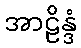
အာဠိန္ဒံ